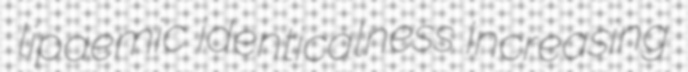
lipaemic identicalness increasing